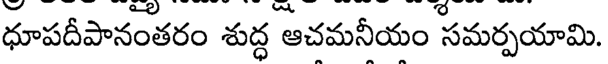
ధూపదీపానంతరం శుద్ధ ఆచమనీయం సమర్పయామి.